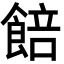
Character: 餢